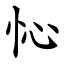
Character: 㤈